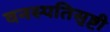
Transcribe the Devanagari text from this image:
वनस्पतिसृष्टी